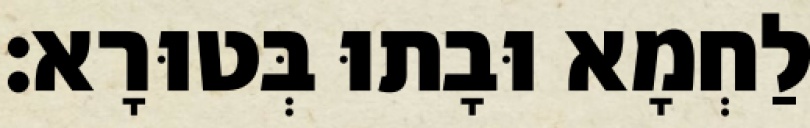
לַחְמָא וּבָתוּ בְּטוּרָא׃